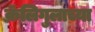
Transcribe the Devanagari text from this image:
कॅलिगुलाच्या